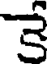
కే